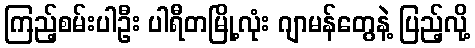
ကြည့်စမ်းပါဦး ပါရီတမြို့လုံး ဂျာမန်တွေနဲ့ ပြည့်လို့